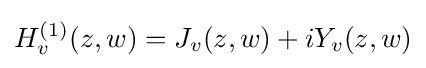
H_{v}^{(1)}(z,w)=J_{v}(z,w)+iY_{v}(z,w)